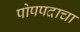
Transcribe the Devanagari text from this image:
पोपपदाचा